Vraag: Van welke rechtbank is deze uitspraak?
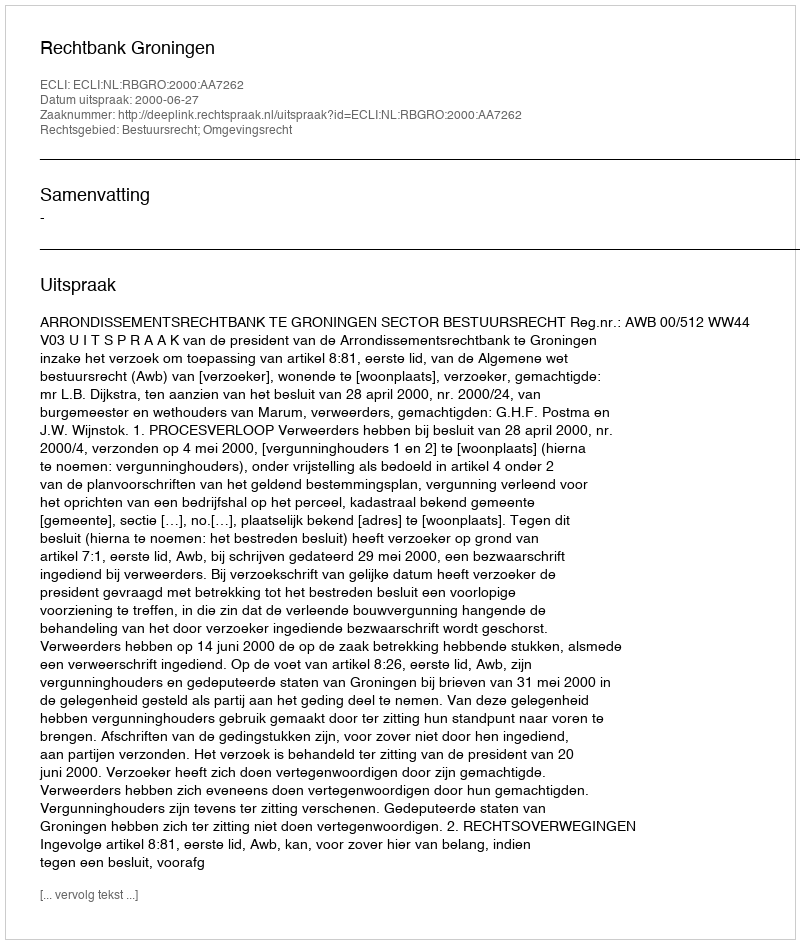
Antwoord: Rechtbank Groningen